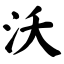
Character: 沃